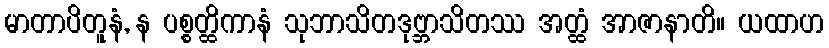
မာတာပိတူနံ, န ပစ္စတ္ထိကာနံ သုဘာသိတဒုဗ္ဘာသိတဿ အတ္ထံ အာဇာနာတိ။ ယထာဟ